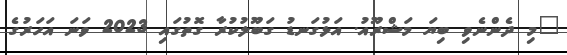
"މި ދެންނެވި ބިޔަ މަޝްރޫއު. އަޅުގަނޑު ގަބޫލުކުރާ ގޮތުގައި 2023 ވަނަ އަހަރުގެ